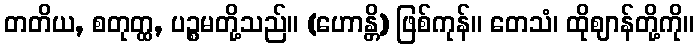
တတိယ, စတုတ္ထ, ပဉ္စမတို့သည်။ (ဟောန္တိ) ဖြစ်ကုန်။ တေသံ၊ ထိုဈာန်တို့ကို။